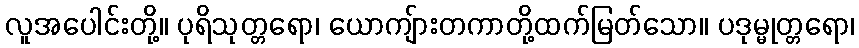
လူအပေါင်းတို့။ ပုရိသုတ္တရော၊ ယောကျ်ားတကာတို့ထက်မြတ်သော။ ပဒုမ္မုတ္တရော၊